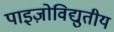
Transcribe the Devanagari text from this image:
पाइज़ोविद्युतीय